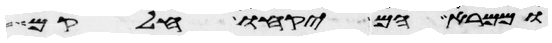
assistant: וממרא הם יקחו חלקם